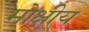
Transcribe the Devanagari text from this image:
मोक्षीय